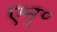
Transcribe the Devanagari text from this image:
एन्॰